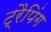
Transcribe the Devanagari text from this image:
ट्रैपिंग